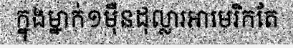
ក្នុងម្នាក់១ម៉ឺនដុល្លារអាមេរិកតែ